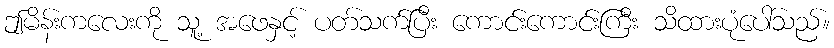
ဤမိန်းကလေးကို သူ့ အဖေနှင့် ပတ်သက်ပြီး ကောင်းကောင်းကြီး သိထားပုံပေါ်သည်။